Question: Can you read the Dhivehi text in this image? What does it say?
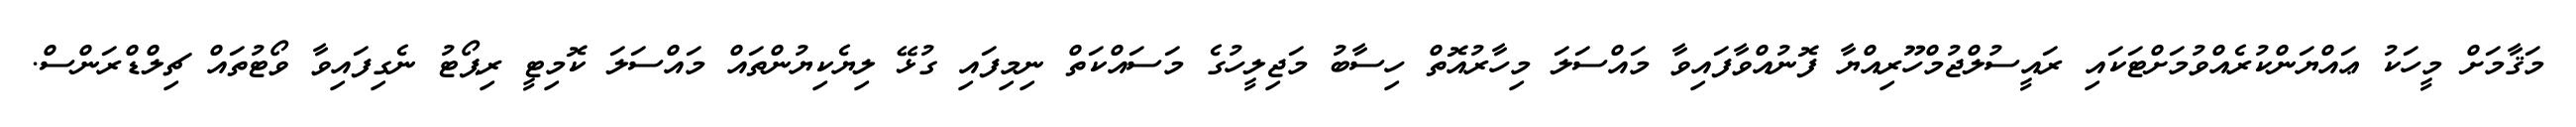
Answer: މަޤާމަށް މީހަކު ޢައްޔަންކުރެއްވުމަށްޓަކައި ރައީސުލްޖުމްހޫރިއްޔާ ފޮނުއްވާފައިވާ މައްސަލަ މިހާރުއޮތް ހިސާބު މަޖިލީހުގެ މަސައްކަތް ނިމިފައި ގުޅޭ ލިޔެކިޔުންތައް މައްސަލަ ކޮމިޓީ ރިޕޯޓު ނެގިފައިވާ ވޯޓުތައް ޗިލްޑްރަންސް.